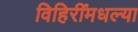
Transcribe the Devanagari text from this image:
विहिरींमधल्या